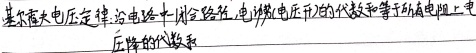
沿电路中一闭合路径，电源电动势的代数和等于所有电阻上电压降的代数和。